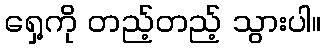
ရှေ့ကို တည့်တည့် သွားပါ။